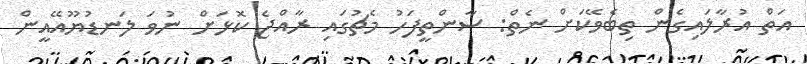
އަތް އުރާލައިގެން ތިބެވޭކަށް ނެތް: ސާންތީފަހު މެޗުގައި ރާއްޖެ ކޮޅަށް ނުވަ ލަނޑުޔޫއޭއީން